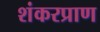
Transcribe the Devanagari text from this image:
शंकरप्राण